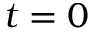
t = 0